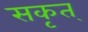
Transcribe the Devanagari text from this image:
सकृत्